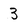
Character: 3